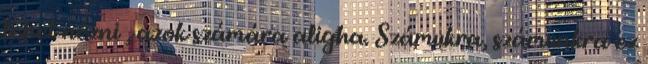
lehet nézni , azok számára aligha. Számukra, számunkra ez